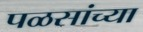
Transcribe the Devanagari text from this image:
पळसांच्या